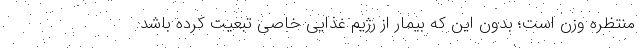
منتظره وزن است؛ بدون این که بیمار از رژیم غذایی خاصی تبعیت کرده باشد.